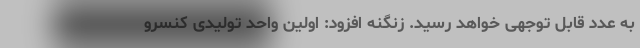
به عدد قابل توجهی خواهد رسید. زنگنه افزود: اولین واحد تولیدی کنسرو